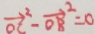
\overrightarrow { O C } ^ { 2 } - \overrightarrow { O B } ^ { 2 } = 0